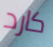
كارد